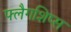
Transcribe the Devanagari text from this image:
फ्लैगशिप्‍स